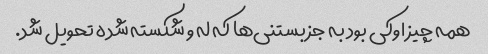
همه چیز اوکی بود به جز بستنی‌ها که له و شکسته شده تحویل شد.